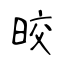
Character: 晈